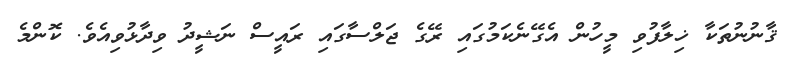
ޤާނުނުތަކާ ޚިލާފުވި މީހުން އެގޭނެކަމުގައި ރޭގެ ޖަލްސާގައި ރައީސް ނަޝީދު ވިދާޅުވިއެވެ. ކޮންމެ